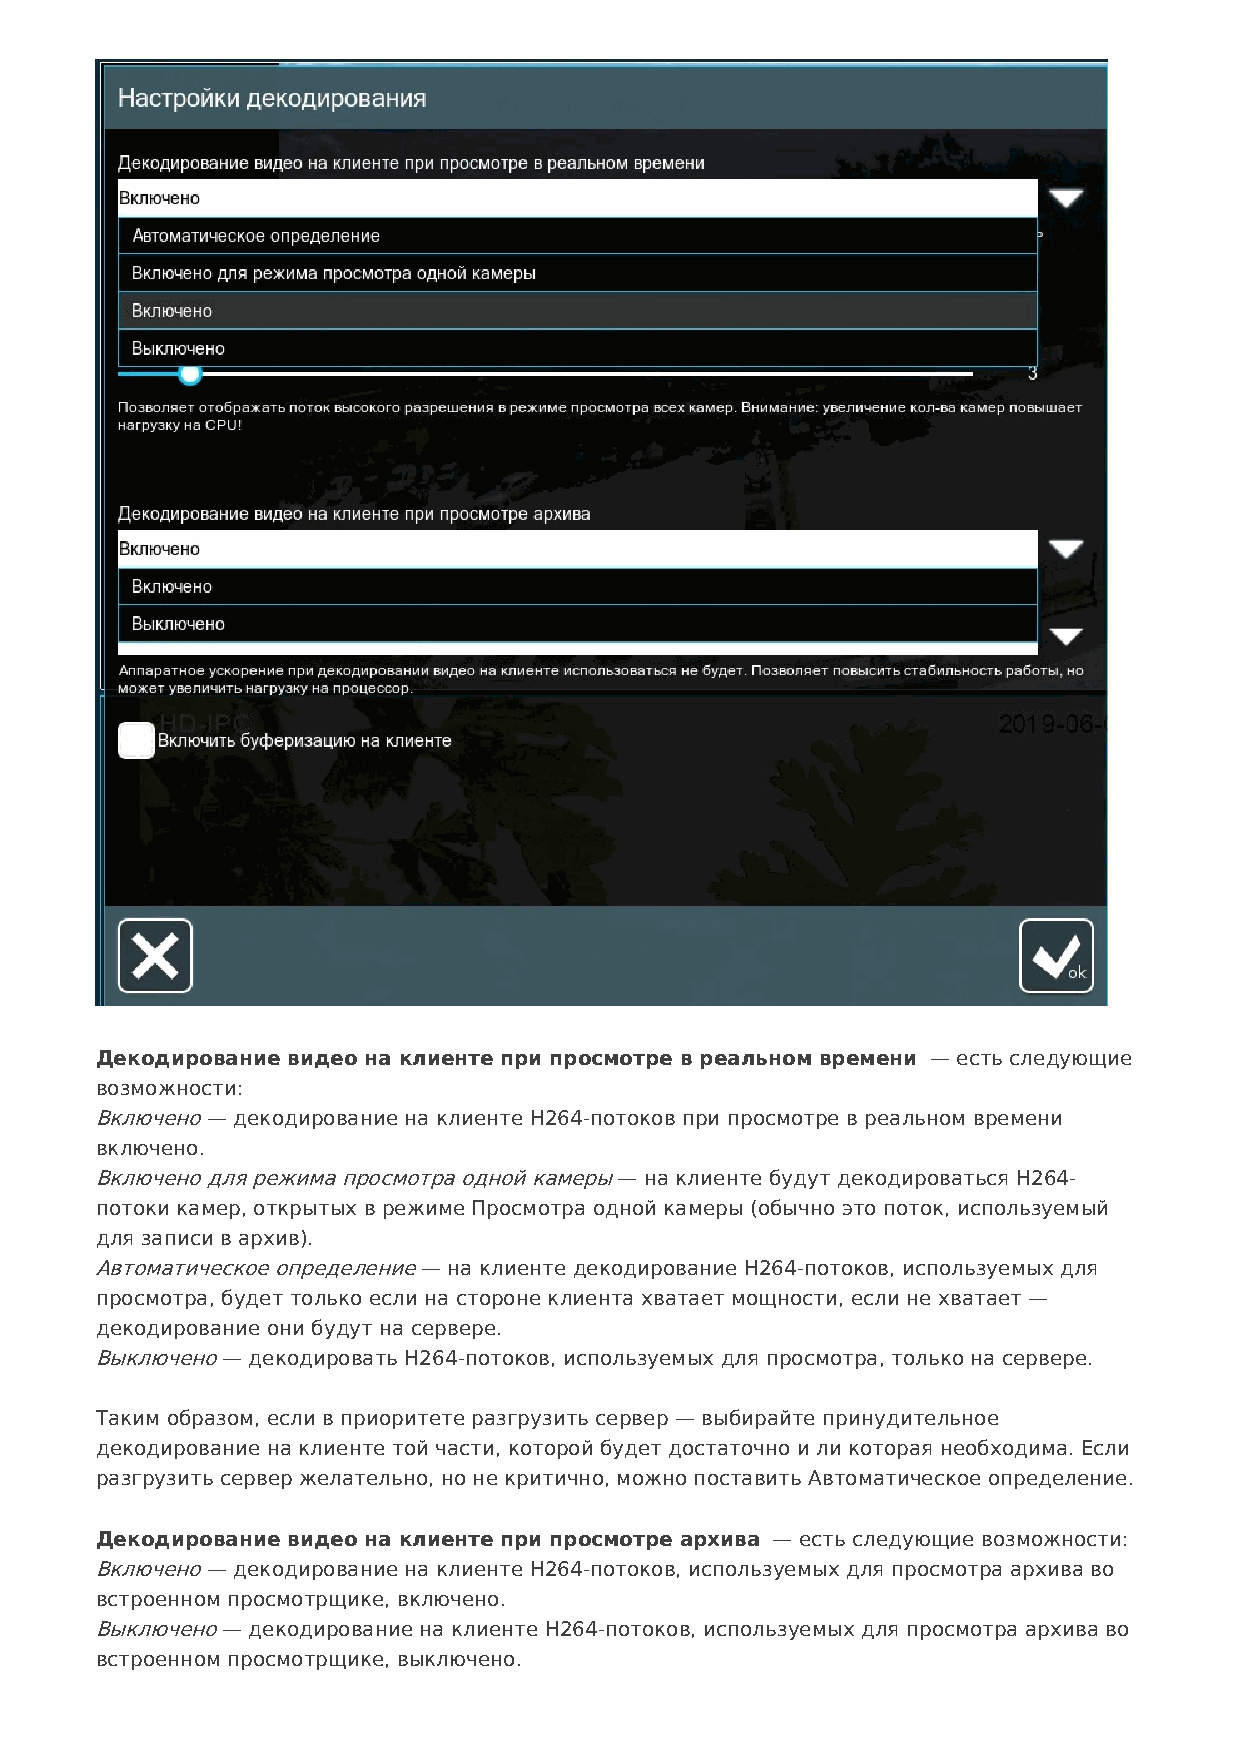
Декодирование видео на клиенте при просмотре в реальном времени — есть следующие
 возможности:
 Включено — декодирование на клиенте H264-потоков при просмотре в реальном времени
 включено.
 Включено для режима просмотра одной камеры — на клиенте будут декодироваться H264-
 потоки камер, открытых в режиме Просмотра одной камеры (обычно это поток, используемый
 для записи в архив).
 Автоматическое определение — на клиенте декодирование H264-потоков, используемых для
 просмотра, будет только если на стороне клиента хватает мощности, если не хватает —
 декодирование они будут на сервере.
 Выключено — декодировать H264-потоков, используемых для просмотра, только на сервере.
 Таким образом, если в приоритете разгрузить сервер — выбирайте принудительное
 декодирование на клиенте той части, которой будет достаточно и ли которая необходима. Если
 разгрузить сервер желательно, но не критично, можно поставить Автоматическое определение.
 Декодирование видео на клиенте при просмотре архива — есть следующие возможности:
 Включено — декодирование на клиенте H264-потоков, используемых для просмотра архива во
 встроенном просмотрщике, включено.
 Выключено — декодирование на клиенте H264-потоков, используемых для просмотра архива во
 встроенном просмотрщике, выключено.